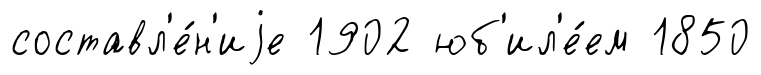
составл'е́н'иjе 1902 юб'ил'е́ем 1850